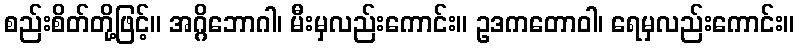
စည်းစိတ်တို့ဖြင့်။ အဂ္ဂိဘောဂါ၊ မီးမှလည်းကောင်း။ ဥဒကတောဝါ၊ ရေမှလည်းကောင်း။